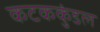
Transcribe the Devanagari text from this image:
कटककुंडल